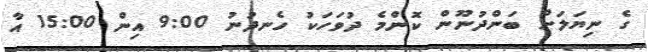
ގެ ނިޔަލަށް ބަންދުނޫން ކޮންމެ ދުވަހަކު ހެނދުނު 9:00 އިން 15:00 އާ